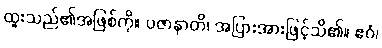
ထူးသည်၏အဖြစ်ကို။ ပဇာနာတိ၊ အပြားအားဖြင့်သိ၏။ ဧဝံ၊